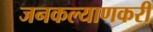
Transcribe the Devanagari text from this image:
जनकल्याणकरी